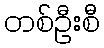
တစ်ဦးစီ